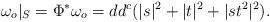
LaTeX: \begin{align*}\omega _o |_S = \Phi ^* \omega _o = dd^c (|s|^2 + |t|^2 + |st^2|^2).\end{align*}